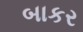
બાકર